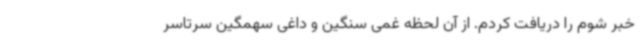
خبر شوم را دریافت کردم. از آن لحظه غمی سنگین و داغی سهمگین سرتاسر